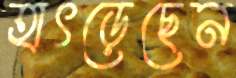
হাৎড়েছেন